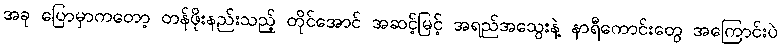
အခု ပြောမှာကတော့ တန်ဖိုးနည်းသည့် တိုင်အောင် အဆင့်မြင့် အရည်အသွေးနဲ့ နာရီကောင်းတွေ အကြောင်းပဲ